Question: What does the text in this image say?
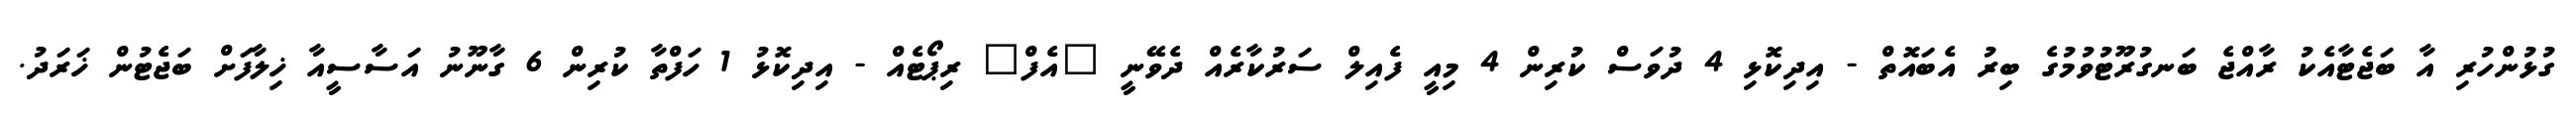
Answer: ގުޅުންހުރި އާ ބަޖެޓާއެކު ރާއްޖެ ބަނގުރޫޓުވުމުގެ ބިރު އެބައޮތް - އިދިކޮޅި 4 ދުވަސް ކުރިން 4 މިއީ ފެއިލް ސަރުކާރެއް ދެވޭނީ "އެފް" ރިޕޯޓެއް - އިދިކޮޅު 1 ހަފްތާ ކުރިން 6 ގާނޫނު އަސާސީއާ ޚިލާފަށް ބަޖެޓުން ޚަރަދު.